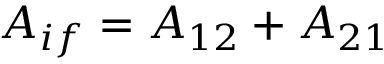
\begin{array} { r } { A _ { i f } = A _ { 1 2 } + A _ { 2 1 } } \end{array}